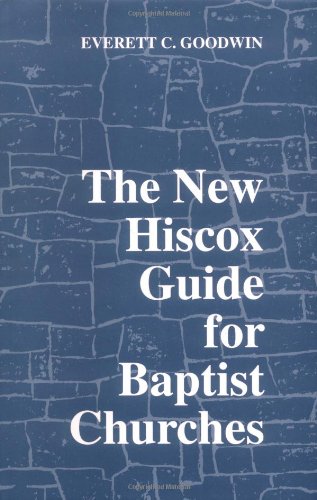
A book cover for The New Hiscox Guide for Baptist Churches; Edward Hiscox; Christian Books & Bibles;